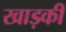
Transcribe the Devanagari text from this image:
खाड़की